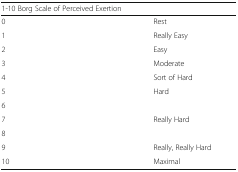
| <COLSPAN=2> 1-10 Borg Scale of Perceived Exertion |
 | --- | --- |
 | 0 | Rest |
 | 1 | Really Easy |
 | 2 | Easy |
 | 3 | Moderate |
 | 4 | Sort of Hard |
 | 5 | Hard |
 | 6 |  |
 | 7 | Really Hard |
 | 8 |  |
 | 9 | Really, Really Hard |
 | 10 | Maximal |